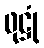
ဖုဋ္ဌုံ